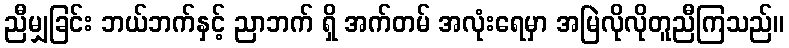
ညီမျှခြင်း ဘယ်ဘက်နှင့် ညာဘက် ရှိ အက်တမ် အလုံးရေမှာ အမြဲလိုလိုတူညီကြသည်။